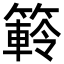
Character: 䉖